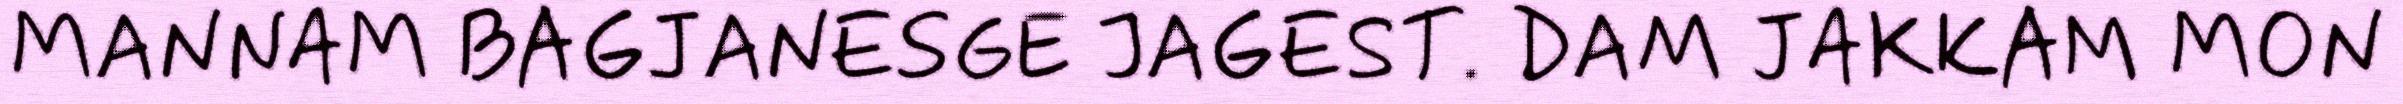
MANNAM BAGJANESGE JAGEST. DAM JAKKAM MON